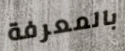
بالمعرفة